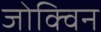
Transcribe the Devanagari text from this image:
जोक्विन